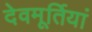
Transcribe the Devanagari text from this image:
देवमूर्तियां